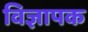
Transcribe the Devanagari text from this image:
विज्ञापक